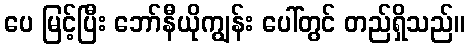
ပေ မြင့်ပြီး ဘော်နီယိုကျွန်း ပေါ်တွင် တည်ရှိသည်။